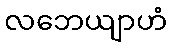
လဘေယျာဟံ